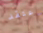
أعتقد